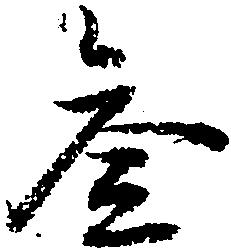
参